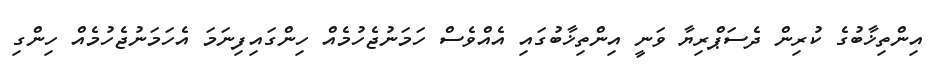
އިންތިޚާބުގެ ކުރިން ދެސަޕްރިޔާ ވަނީ އިންތިޚާބުގައި އެއްވެސް ހަމަނުޖެހުމެއް ހިންގައިފިނަމަ އެހަމަނުޖެހުމެއް ހިންގި